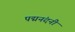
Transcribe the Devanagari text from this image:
पद्मनंदनी